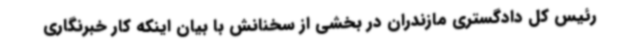
رئیس کل دادگستری مازندران در بخشی از سخنانش با بیان اینکه کار خبرنگاری